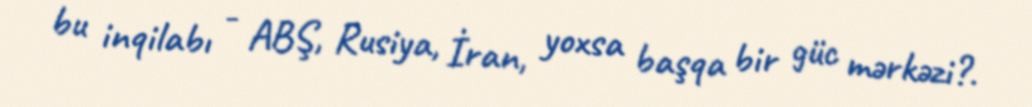
bu inqilabı - ABŞ, Rusiya, İran, yoxsa başqa bir güc mərkəzi?.